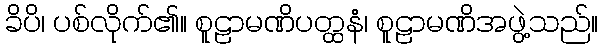
ခိပိ၊ ပစ်လိုက်၏။ စူဠာမဏိပတ္ထနံ၊ စူဠာမဏိအဖွဲ့သည်။